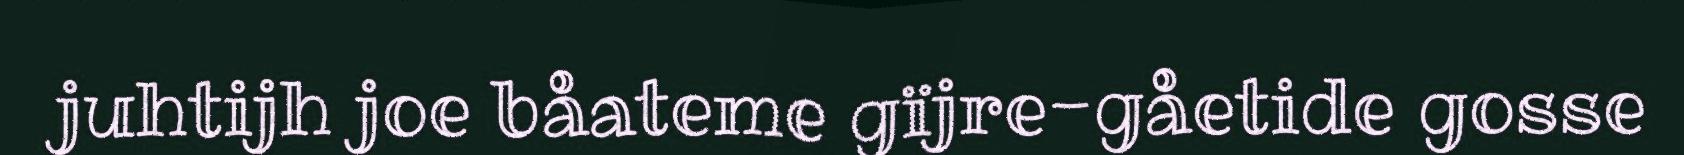
juhtijh joe båateme gïjre-gåetide gosse